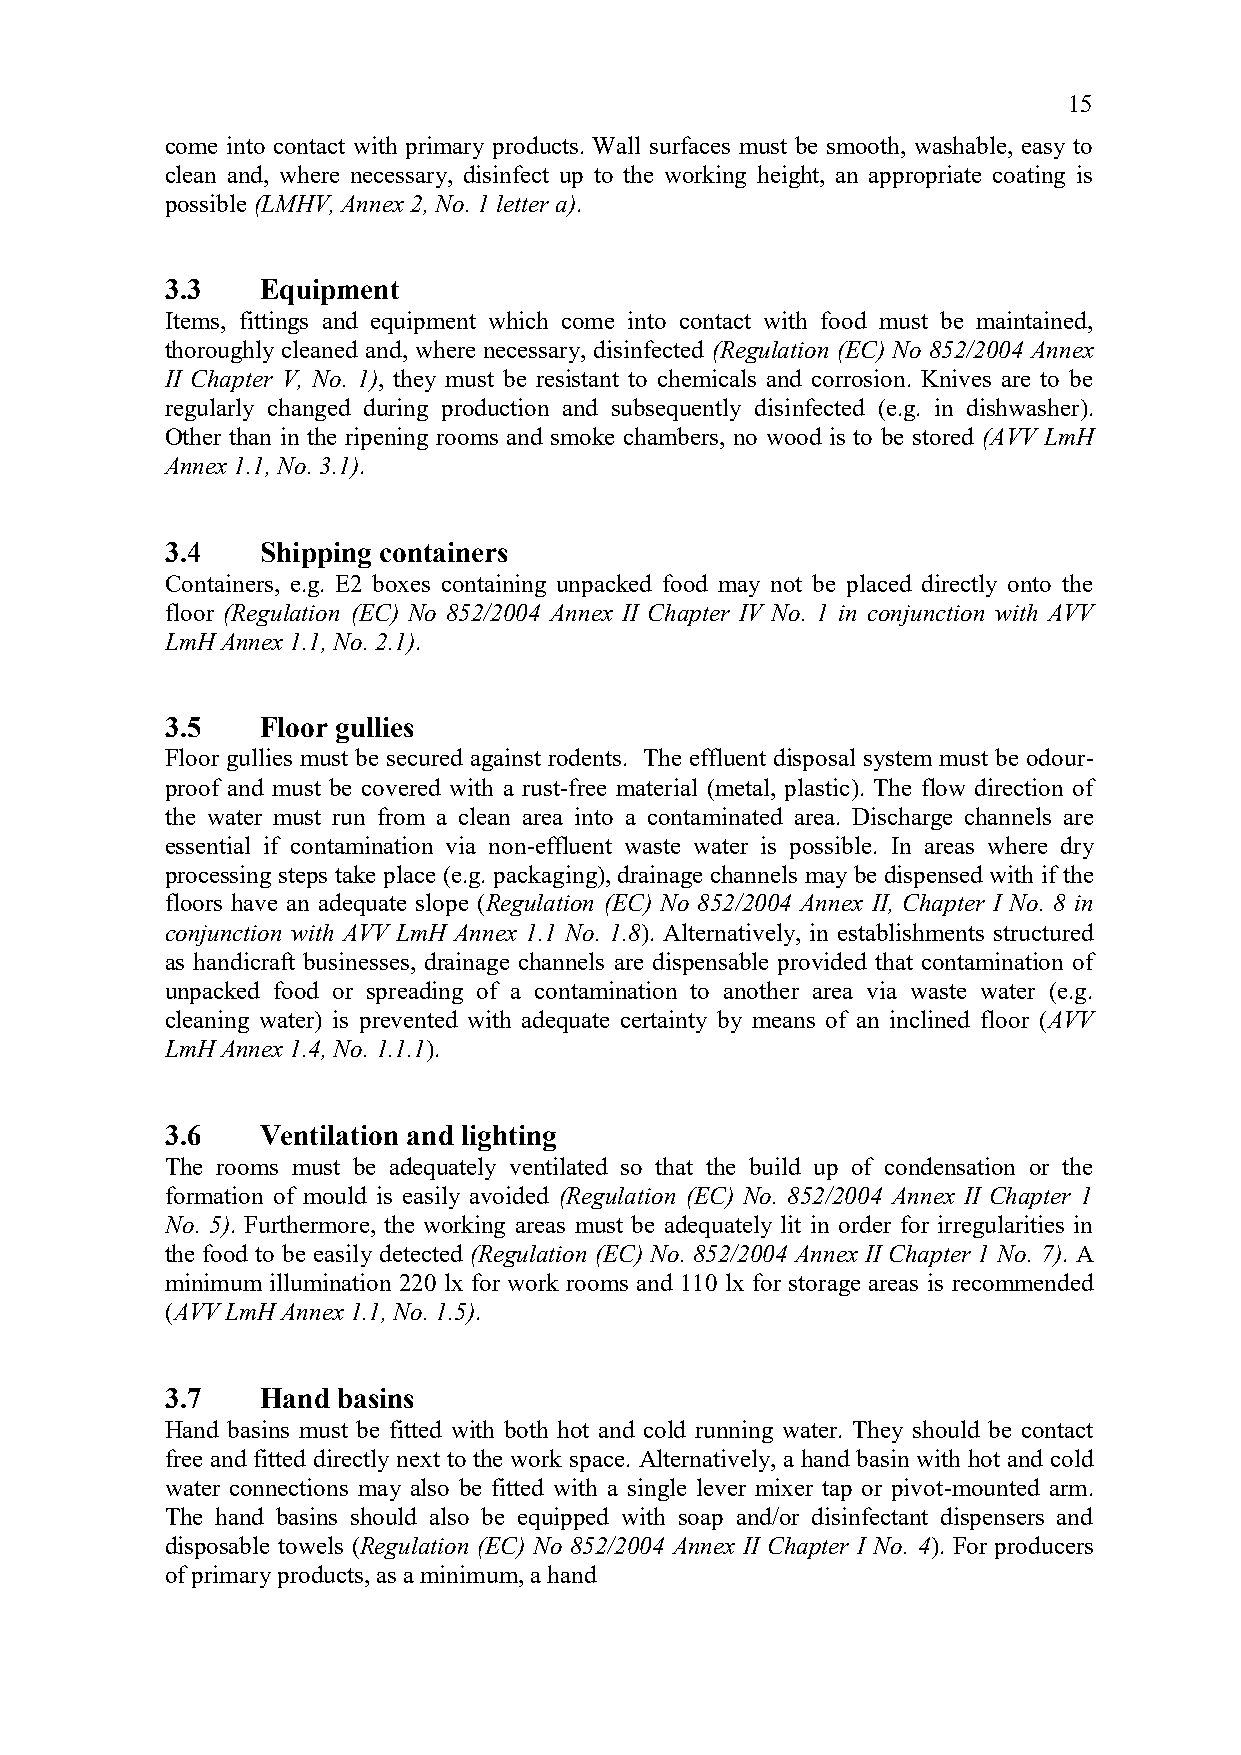
15
 come into contact with primary products. Wall surfaces must be smooth, washable, easy to
 clean and, where necessary, disinfect up to the working height, an appropriate coating is
 possible (LMHV, Annex 2, No. 1 letter a).
 3.3   Equipment
 Items, fittings and equipment which come into contact with food must be maintained,
 thoroughly cleaned and, where necessary, disinfected (Regulation (EC) No 852/2004 Annex
 II Chapter V, No. 1), they must be resistant to chemicals and corrosion. Knives are to be
 regularly changed during production and subsequently disinfected (e.g. in dishwasher).
 Other than in the ripening rooms and smoke chambers, no wood is to be stored (AVV LmH
 Annex 1.1, No. 3.1).
 3.4   Shipping containers
 Containers, e.g. E2 boxes containing unpacked food may not be placed directly onto the
 floor (Regulation (EC) No 852/2004 Annex II Chapter IV No. 1 in conjunction with AVV
 LmH Annex 1.1, No. 2.1).
 3.5   Floor gullies
 Floor gullies must be secured against rodents. The effluent disposal system must be odour-
 proof and must be covered with a rust-free material (metal, plastic). The flow direction of
 the water must run from a clean area into a contaminated area. Discharge channels are
 essential if contamination via non-effluent waste water is possible. In areas where dry
 processing steps take place (e.g. packaging), drainage channels may be dispensed with if the
 floors have an adequate slope (Regulation (EC) No 852/2004 Annex II, Chapter I No. 8 in
 conjunction with AVV LmH Annex 1.1 No. 1.8). Alternatively, in establishments structured
 as handicraft businesses, drainage channels are dispensable provided that contamination of
 unpacked food or spreading of a contamination to another area via waste water (e.g.
 cleaning water) is prevented with adequate certainty by means of an inclined floor (AVV
 LmH Annex 1.4, No. 1.1.1).
 3.6   Ventilation and lighting
 The rooms must be adequately ventilated so that the build up of condensation or the
 formation of mould is easily avoided (Regulation (EC) No. 852/2004 Annex II Chapter 1
 No. 5). Furthermore, the working areas must be adequately lit in order for irregularities in
 the food to be easily detected (Regulation (EC) No. 852/2004 Annex II Chapter 1 No. 7). A
 minimum illumination 220 lx for work rooms and 110 lx for storage areas is recommended
 (AVV LmH Annex 1.1, No. 1.5).
 3.7   Hand basins
 Hand basins must be fitted with both hot and cold running water. They should be contact
 free and fitted directly next to the work space. Alternatively, a hand basin with hot and cold
 water connections may also be fitted with a single lever mixer tap or pivot-mounted arm.
 The hand basins should also be equipped with soap and/or disinfectant dispensers and
 disposable towels (Regulation (EC) No 852/2004 Annex II Chapter I No. 4). For producers
 of primary products, as a minimum, a hand